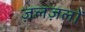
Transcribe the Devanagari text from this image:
ज़लज़लों